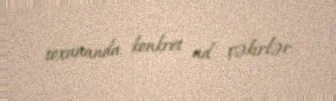
toxunanda konkret ad çəkirlər.